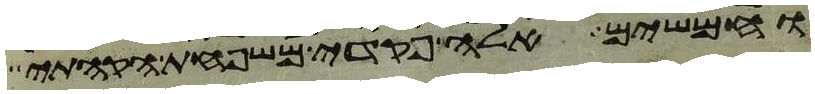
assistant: וחמשים אלה פקדי משפחת הקהתי